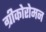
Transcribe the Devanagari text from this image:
ग्रीकोरोमन